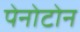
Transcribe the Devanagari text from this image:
पेनोटोन